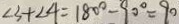
\angle 3 + \angle 4 = 1 8 0 ^ { \circ } - 9 0 ^ { \circ } = 9 0